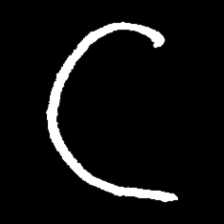
Pyu character \u2014 Myanmar letter: ဋ (romanized: tta)